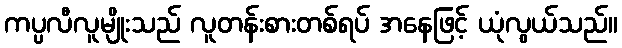
ကပ္ပလီလူမျိုးသည် လူတန်းစားတစ်ရပ် အနေဖြင့် ယုံလွယ်သည်။